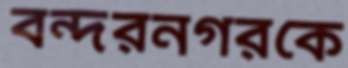
বন্দরনগরকে